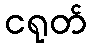
ငရုတ်